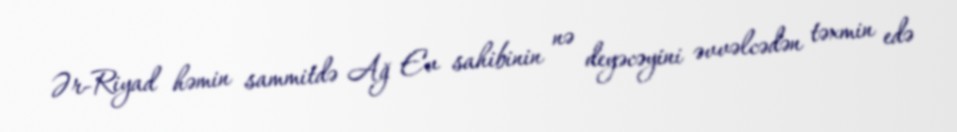
Ər-Riyad həmin sammitdə Ağ Ev sahibinin nə deyəcəyini əvvəlcədən təxmin edə